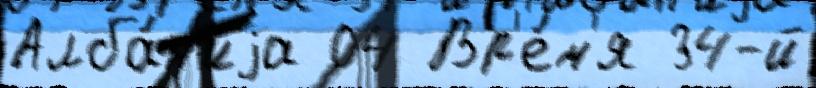
Алба́н'иjа 04 Вр'е́м'я 34-й